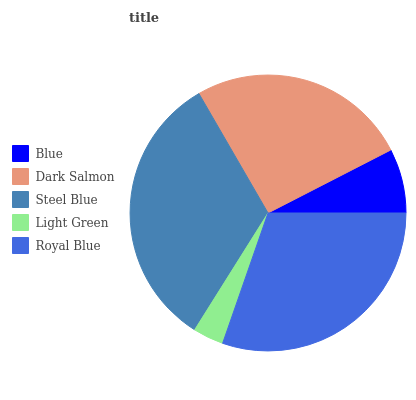
| Blue | Dark Salmon | Steel Blue | Light Green | Royal Blue |
 | --- | --- | --- | --- | --- |
 | 7.54% | 25.8% | 32.8% | 3.59% | 30.4% |